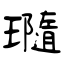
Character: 瓍